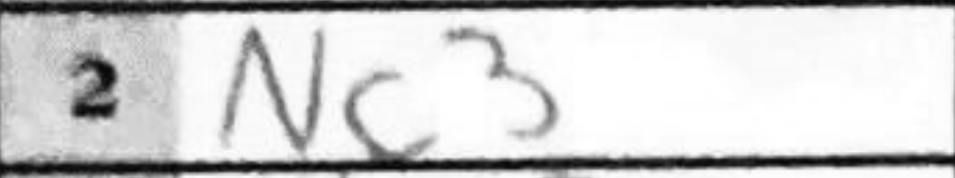
Transcription: Nc3